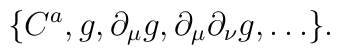
\{C^a,g,\partial_{\mu}g,\partial_{\mu}\partial_{\nu}g,\ldots\}.